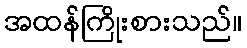
အထန်ကြိုးစားသည်။